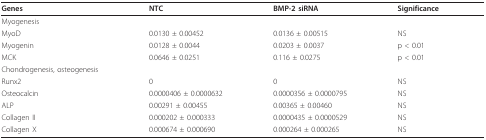
| Genes | NTC | BMP-2 siRNA | Significance |
 | --- | --- | --- | --- |
 | Myogenesis |  |  |  |
 | MyoD | 0.0130 ± 0.00452 | 0.0136 ± 0.00515 | NS |
 | Myogenin | 0.0128 ± 0.0044 | 0.0203 ± 0.0037 | p < 0.01 |
 | MCK | 0.0646 ± 0.0251 | 0.116 ± 0.0275 | p < 0.01 |
 | Chondrogenesis, osteogenesis |  |  |  |
 | Runx2 | 0 | 0 | NS |
 | Osteocalcin | 0.0000406 ± 0.0000632 | 0.0000356 ± 0.0000795 | NS |
 | ALP | 0.00291 ± 0.00455 | 0.00365 ± 0.00460 | NS |
 | Collagen II | 0.000202 ± 0.000333 | 0.0000435 ± 0.0000529 | NS |
 | Collagen X | 0.000674 ± 0.000690 | 0.000264 ± 0.000265 | NS |